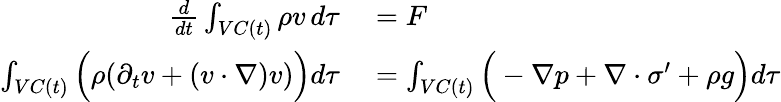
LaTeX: \begin{array}{rl}{\frac{d}{dt}\int_{VC(t)}\rho v\, d\tau}&{{}=F}\\ {\int_{VC(t)}\Big(\rho(\partial_{t}v+(v\cdot\nabla)v)\Big)d\tau}&{{}=\int_{VC(t)}\Big(-\nabla p+\nabla\cdot\sigma^{\prime}+\rho g\Big)d\tau}\end{array}